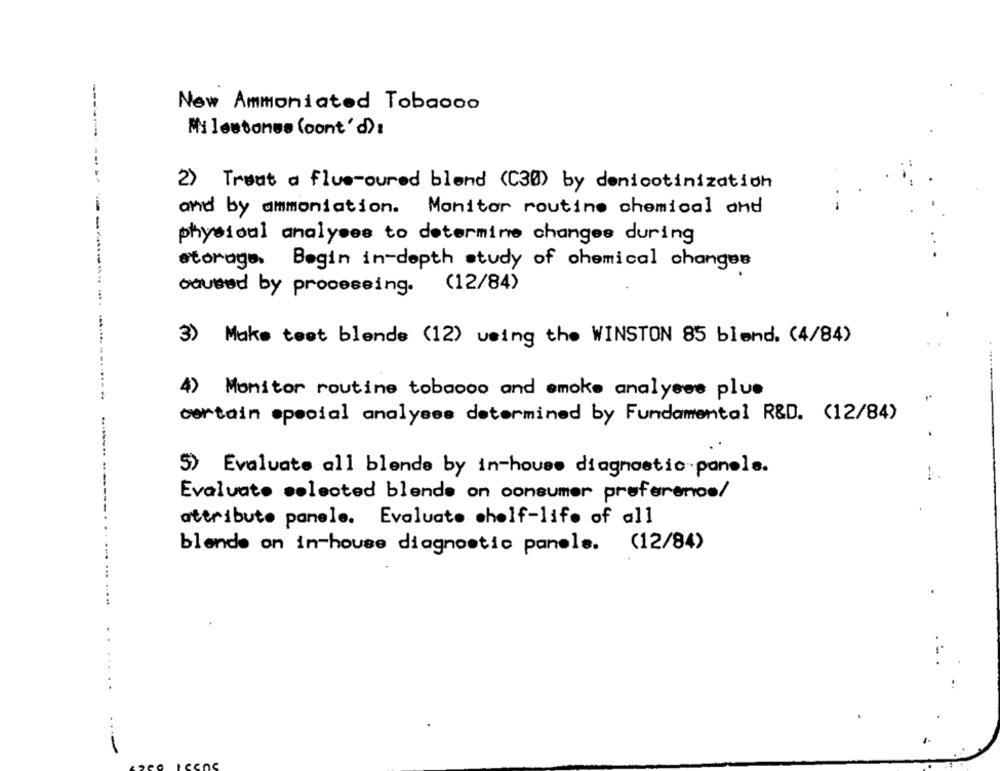
New Ammoniated Tobacco
Milestones loont'd):
2) Treat a flue-oured blend (C30) by denicotinization
and by ammoniation. Monitor routine chemical and
physical analyses to determine changes during
storage. Begin in-depth study of chemical changes
oqueed by processing. (12/84)
3) Make test blends (12) veing the WINSTON 85 blend. (4/84)
4) Monitor routine tobacco and emoke analyses plus
..........
certain special analyses determined by Fundamental R&D. (12/84)
5) Evaluate all blende by in-house diagnostio panels.
Evaluate selected blende on consumer preference/
attribute panele. Evaluate shelf-life of all
blende on in-house diagnostic panele. (12/84)